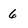
Character: 6